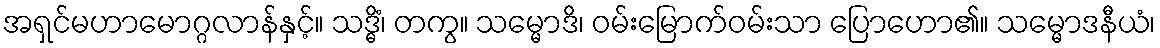
အရှင်မဟာမောဂ္ဂလာန်နှင့်။ သဒ္ဓိံ၊ တကွ။ သမ္မောဒိ၊ ဝမ်းမြောက်ဝမ်းသာ ပြောဟော၏။ သမ္မောဒနီယံ၊